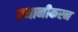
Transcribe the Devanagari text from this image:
स्थानीकरन